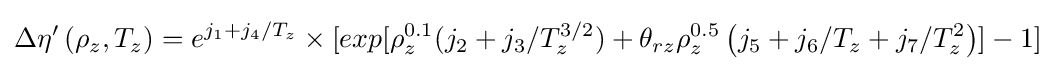
\Delta \eta '\left(\rho _{z},T_{z}\right)=e^{j_{1}+j_{4}/T_{z}}\times \lbrack exp{\lbrack \rho _{z}^{0.1}(j_{2}+j_{3}/T_{z}^{3/2})+\theta _{rz}\rho _{z}^{0.5}\left(j_{5}+j_{6}/T_{z}+j_{7}/T_{z}^{2}\right)\rbrack }-1\rbrack